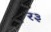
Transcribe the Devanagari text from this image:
र३